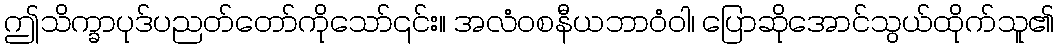
ဤသိက္ခာပုဒ်ပညတ်တော်ကိုသော်၎င်း။ အလံဝစနီယဘာဝံဝါ၊ ပြောဆိုအောင်သွယ်ထိုက်သူ၏